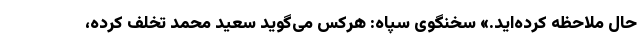
حال ملاحظه کرده‌اید.» سخنگوی سپاه: هرکس می‌گوید سعید محمد تخلف کرده،